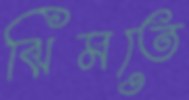
ঝিমতে